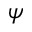
\psi